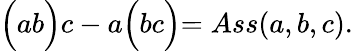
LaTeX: \Bigl(ab\Bigl)c-a\Bigl(bc\Bigl)=Ass(a,b,c).